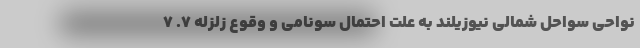
نواحی سواحل شمالی نیوزیلند به علت احتمال سونامی و وقوع زلزله 7. 7